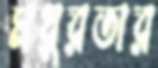
মধুরতার